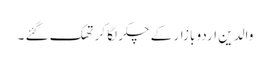
والدین اردو بازار کے چکر لگا کر تھک گئے ۔